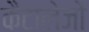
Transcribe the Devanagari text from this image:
कैटालेजों